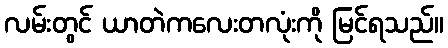
လမ်းတွင် ယာတဲကလေးတလုံးကို မြင်ရသည်။